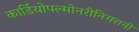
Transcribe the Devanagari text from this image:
कार्डियोपल्मोनरीनिगरानी